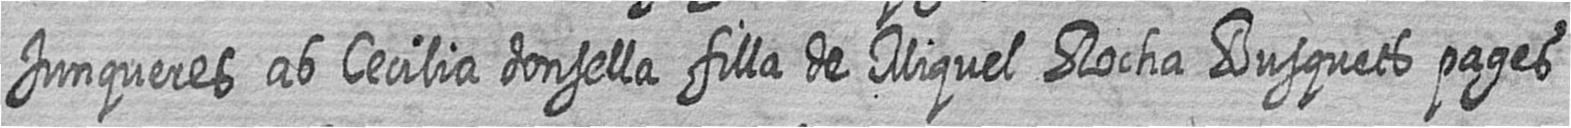
Junqueres ab Cecilia donsella filla de Miquel Rocha Busquets pages